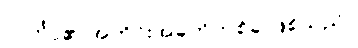
လင်္ကာ၏ အကိုင်းအခက်တစ်ခု ဖြစ်သည်။